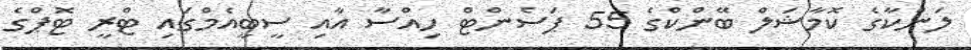
ލަންކާގެ ކޮމާޝަލް ބޭންކްގެ 55 ޕަސެންޓް ހިއްސާ އާއި ސީބީއެމްގައި ޓްރީ ޓޮޕްގެ